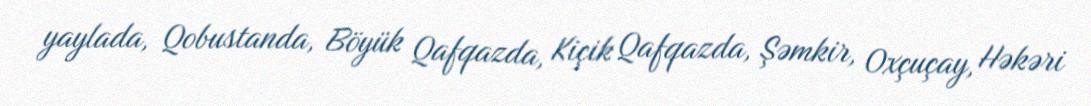
yaylada, Qobustanda, Böyük Qafqazda, Kiçik Qafqazda, Şəmkir, Oxçuçay, Həkəri